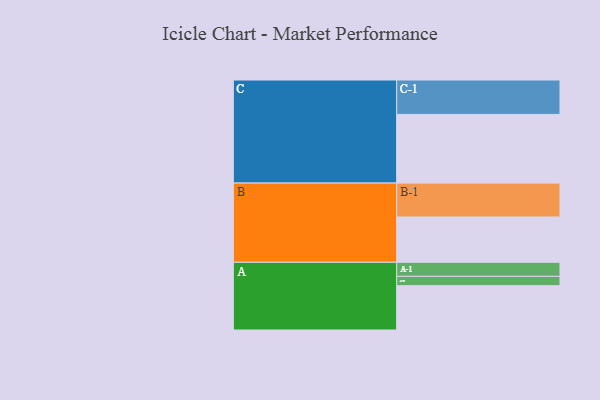
{"axis": {"x": "Segment", "y": "Value"}, "legend": ["", "A", "B", "C"], "data": [{"x": "A", "y": 366, "type": ""}, {"x": "B", "y": 374, "type": ""}, {"x": "C", "y": 567, "type": ""}, {"x": "A-1", "y": 116, "type": "A"}, {"x": "A-2", "y": 77, "type": "A"}, {"x": "B-1", "y": 280, "type": "B"}, {"x": "C-1", "y": 284, "type": "C"}]}